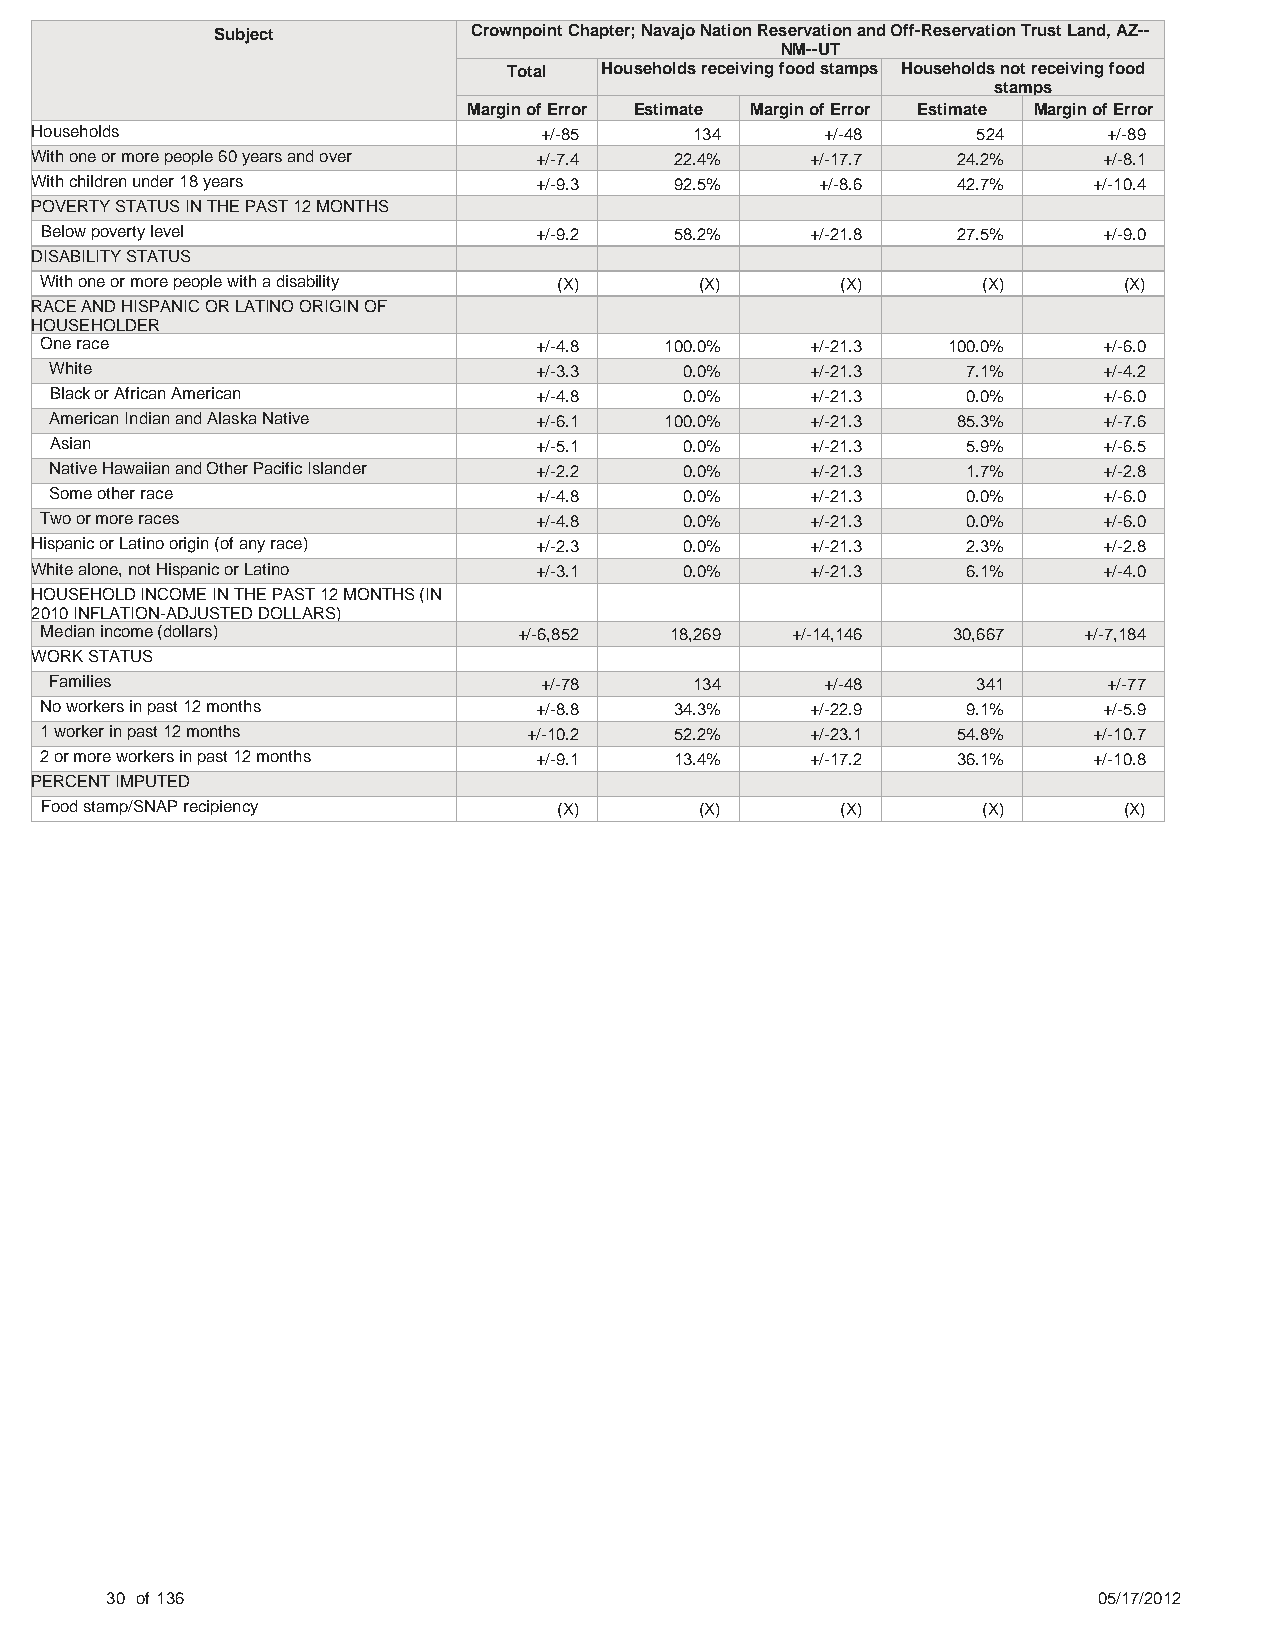
Subject          Crownpoint Chapter; Navajo Nation Reservation and Off-Reservation Trust Land, AZ--
 NM--UT
 Total Households receiving food stamps Households not receiving food
 stamps
 Margin of Error Estimate Margin of Error Estimate Margin of Error
 Households                        +/-85     134      +/-48     524     +/-89
 With one or more people 60 years and over +/-7.4 22.4% +/-17.7 24.2%   +/-8.1
 With children under 18 years     +/-9.3    92.5%    +/-8.6   42.7%    +/-10.4
 POVERTY STATUS IN THE PAST 12 MONTHS
 Below poverty level             +/-9.2    58.2%    +/-21.8  27.5%     +/-9.0
 DISABILITY STATUS
 With one or more people with a disability (X) (X)    (X)      (X)      (X)
 RACE AND HISPANIC OR LATINO ORIGIN OF
 HOUSEHOLDER
 One race                        +/-4.8   100.0%    +/-21.3  100.0%    +/-6.0
 White                           +/-3.3    0.0%     +/-21.3   7.1%     +/-4.2
 Black or African American       +/-4.8    0.0%     +/-21.3   0.0%     +/-6.0
 American Indian and Alaska Native +/-6.1 100.0%    +/-21.3  85.3%     +/-7.6
 Asian                           +/-5.1    0.0%     +/-21.3   5.9%     +/-6.5
 Native Hawaiian and Other Pacific Islander +/-2.2 0.0% +/-21.3 1.7%   +/-2.8
 Some other race                 +/-4.8    0.0%     +/-21.3   0.0%     +/-6.0
 Two or more races               +/-4.8    0.0%     +/-21.3   0.0%     +/-6.0
 Hispanic or Latino origin (of any race) +/-2.3 0.0% +/-21.3   2.3%     +/-2.8
 White alone, not Hispanic or Latino +/-3.1 0.0%     +/-21.3   6.1%     +/-4.0
 HOUSEHOLD INCOME IN THE PAST 12 MONTHS (IN
 2010 INFLATION-ADJUSTED DOLLARS)
 Median income (dollars)        +/-6,852  18,269  +/-14,146  30,667   +/-7,184
 WORK STATUS
 Families                         +/-78     134      +/-48     341     +/-77
 No workers in past 12 months    +/-8.8    34.3%    +/-22.9   9.1%     +/-5.9
 1 worker in past 12 months      +/-10.2   52.2%    +/-23.1  54.8%    +/-10.7
 2 or more workers in past 12 months +/-9.1 13.4%   +/-17.2  36.1%    +/-10.8
 PERCENT IMPUTED
 Food stamp/SNAP recipiency        (X)      (X)       (X)      (X)      (X)
 30 of 136                                                         05/17/2012